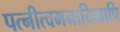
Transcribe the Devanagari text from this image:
पत्नीत्वमनायियापि